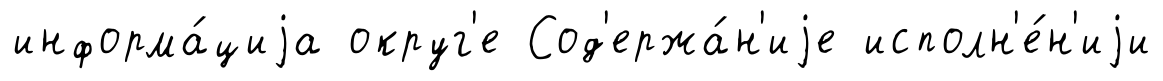
информа́циjа округ'е Сод'ержа́н'иjе исполн'е́н'иjи